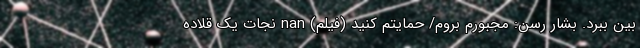
بین ببرد. بشار رسن: مجبورم بروم/ حمایتم کنید (فیلم) nan نجات یک قلاده